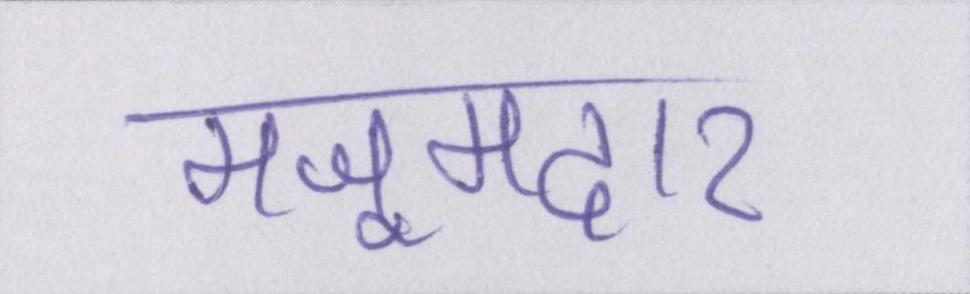
मजूमदार